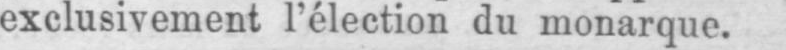
exclusivement l’élection du monarque.